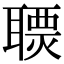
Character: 𦗩